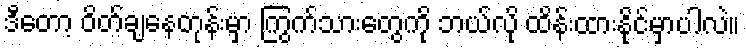
ဒီတော့ ဝိတ်ချနေတုန်းမှာ ကြွက်သားတွေကို ဘယ်လို ထိန်းထားနိုင်မှာပါလဲ။